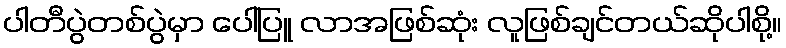
ပါတီပွဲတစ်ပွဲမှာ ပေါ်ပြူ လာအဖြစ်ဆုံး လူဖြစ်ချင်တယ်ဆိုပါစို့။